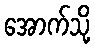
အောက်သို့